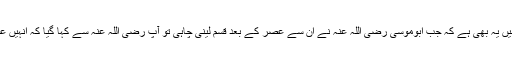
اوپر جو واقعہ بیان ہوا اس میں یہ بھی ہے کہ جب ابوموسیٰ رضی اللہ عنہ نے ان سے عصر کے بعد قسم لینی چاہی تو آپ رضی اللہ عنہ سے کہا گیا کہ انہیں عصر کے بعد کی کیا پرواہ ؟